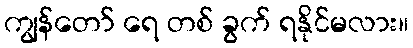
ကျွန်တော် ရေ တစ် ခွက် ရနိုင်မလား။